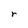
Character: r